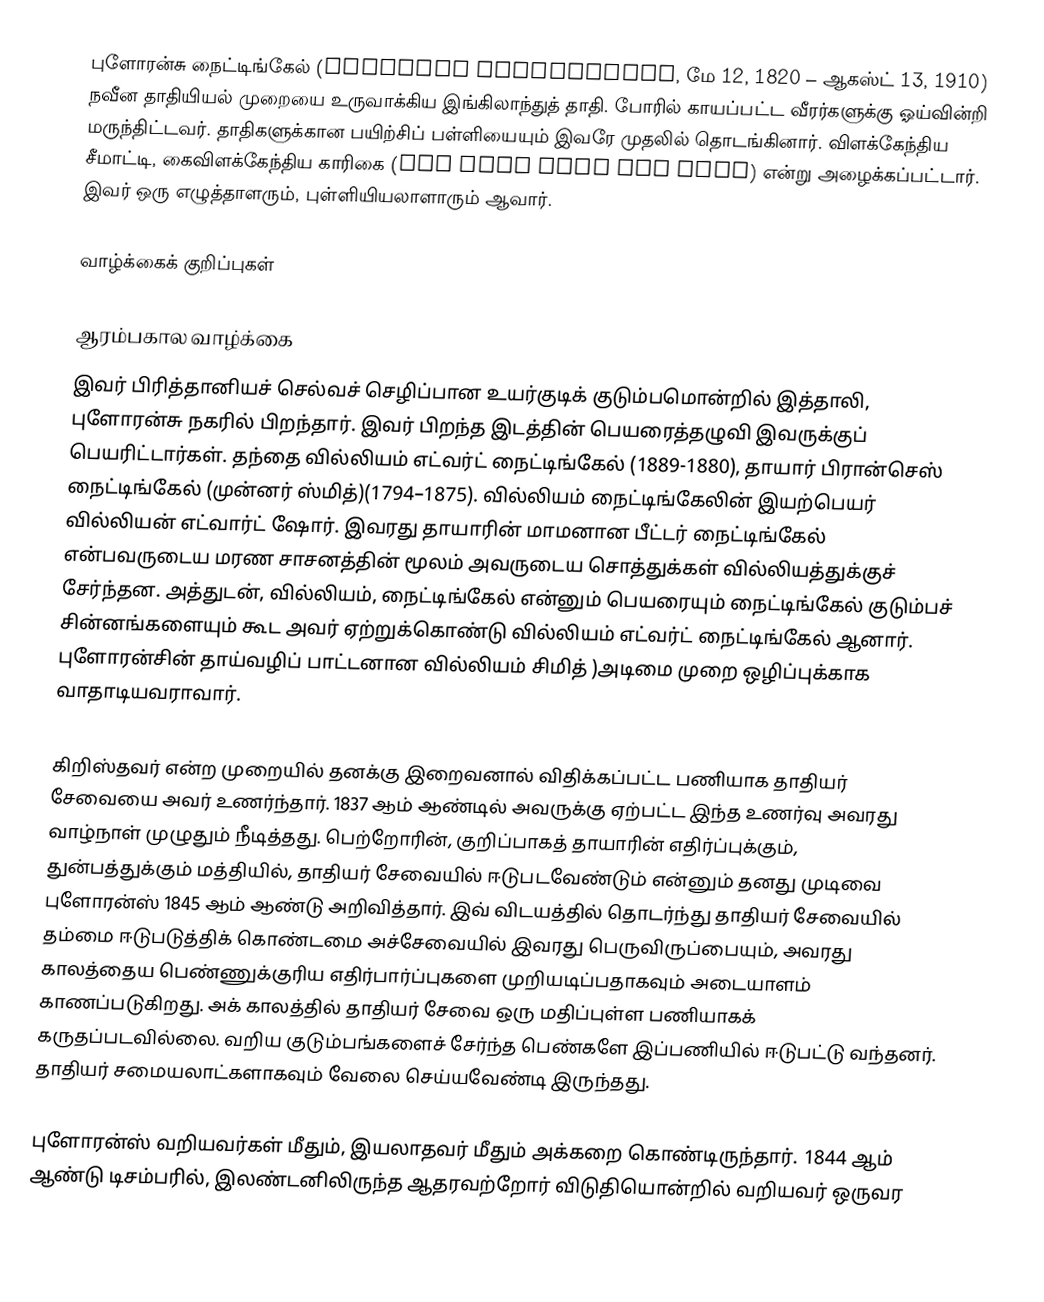
புளோரன்சு நைட்டிங்கேல் (Florence Nightingale, மே 12, 1820 – ஆகஸ்ட் 13, 1910) நவீன தாதியியல் முறையை உருவாக்கிய இங்கிலாந்துத் தாதி. போரில் காயப்பட்ட வீரர்களுக்கு ஓய்வின்றி மருந்திட்டவர். தாதிகளுக்கான பயிற்சிப் பள்ளியையும் இவரே முதலில் தொடங்கினார். விளக்கேந்திய சீமாட்டி, கைவிளக்கேந்திய காரிகை (The Lady with the Lamp) என்று அழைக்கப்பட்டார். இவர் ஒரு எழுத்தாளரும், புள்ளியியலாளாரும் ஆவார்.

வாழ்க்கைக் குறிப்புகள்

ஆரம்பகால வாழ்க்கை
இவர் பிரித்தானியச் செல்வச் செழிப்பான உயர்குடிக் குடும்பமொன்றில் இத்தாலி, புளோரன்சு நகரில் பிறந்தார்.  இவர் பிறந்த இடத்தின் பெயரைத்தழுவி இவருக்குப் பெயரிட்டார்கள். தந்தை வில்லியம் எட்வர்ட் நைட்டிங்கேல் (1889-1880), தாயார் பிரான்செஸ் நைட்டிங்கேல் (முன்னர் ஸ்மித்)(1794–1875). வில்லியம் நைட்டிங்கேலின் இயற்பெயர் வில்லியன் எட்வார்ட் ஷோர். இவரது தாயாரின் மாமனான பீட்டர் நைட்டிங்கேல் என்பவருடைய மரண சாசனத்தின் மூலம் அவருடைய சொத்துக்கள் வில்லியத்துக்குச் சேர்ந்தன. அத்துடன், வில்லியம், நைட்டிங்கேல் என்னும் பெயரையும் நைட்டிங்கேல் குடும்பச் சின்னங்களையும் கூட அவர் ஏற்றுக்கொண்டு வில்லியம் எட்வர்ட் நைட்டிங்கேல் ஆனார். புளோரன்சின் தாய்வழிப் பாட்டனான வில்லியம் சிமித்  )அடிமை முறை ஒழிப்புக்காக வாதாடியவராவார்.

கிறிஸ்தவர் என்ற முறையில் தனக்கு இறைவனால் விதிக்கப்பட்ட பணியாக தாதியர் சேவையை அவர் உணர்ந்தார். 1837 ஆம் ஆண்டில் அவருக்கு ஏற்பட்ட இந்த உணர்வு அவரது வாழ்நாள் முழுதும் நீடித்தது. பெற்றோரின், குறிப்பாகத் தாயாரின் எதிர்ப்புக்கும், துன்பத்துக்கும் மத்தியில், தாதியர் சேவையில் ஈடுபடவேண்டும் என்னும் தனது முடிவை புளோரன்ஸ் 1845 ஆம் ஆண்டு அறிவித்தார். இவ் விடயத்தில் தொடர்ந்து தாதியர் சேவையில் தம்மை ஈடுபடுத்திக் கொண்டமை அச்சேவையில் இவரது பெருவிருப்பையும், அவரது காலத்தைய பெண்ணுக்குரிய எதிர்பார்ப்புகளை முறியடிப்பதாகவும் அடையாளம் காணப்படுகிறது. அக் காலத்தில் தாதியர் சேவை ஒரு மதிப்புள்ள பணியாகக் கருதப்படவில்லை. வறிய குடும்பங்களைச் சேர்ந்த பெண்களே இப்பணியில் ஈடுபட்டு வந்தனர். தாதியர் சமையலாட்களாகவும் வேலை செய்யவேண்டி இருந்தது.

புளோரன்ஸ் வறியவர்கள் மீதும், இயலாதவர் மீதும் அக்கறை கொண்டிருந்தார். 1844 ஆம் ஆண்டு டிசம்பரில், இலண்டனிலிருந்த ஆதரவற்றோர் விடுதியொன்றில் வறியவர் ஒருவர